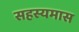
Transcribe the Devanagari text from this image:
सहस्यमास